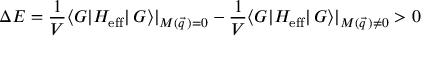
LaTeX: \Delta E = \frac { 1 } { V } \langle { \cal G } | H _ { \mathrm { e f f } } | \, { \cal G } \rangle | _ { M ( \vec { q } \, ) = 0 } - \frac { 1 } { V } \langle { \cal G } | H _ { \mathrm { e f f } } | \, { \cal G } \rangle | _ { M ( \vec { q } \, ) \neq 0 } > 0